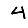
Digit: 4